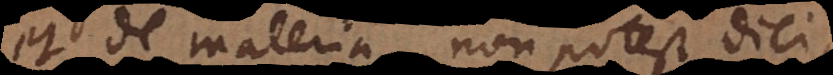
et de materia non potest dici,